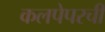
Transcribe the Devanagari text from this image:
कलपेपरची